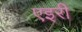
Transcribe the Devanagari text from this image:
एइरी